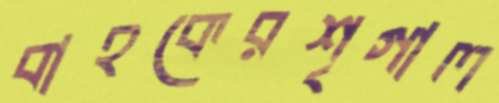
বাহকেরশৃগাল